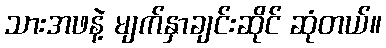
သားအဖနဲ့ မျက်နှာချင်းဆိုင် ဆုံတယ်။